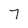
Character: 7